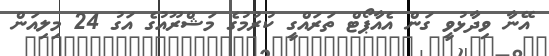
އޭނާ ވިދާޅުވީ ގަން އެއާޕޯޓް ތަރައްގީ ކުރުމުގެ މަޝްރޫއުގެ އަގު 24 މިލިއަން